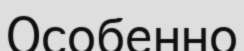
Особенно